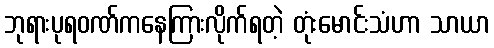
ဘုရားပုရဝဏ်ကနေကြားလိုက်ရတဲ့ တုံးမောင်းသံဟာ သာယာ